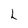
Character: L